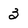
Character: 3